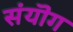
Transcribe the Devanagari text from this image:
संयॊग